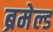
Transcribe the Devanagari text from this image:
ब्रमेल्ड